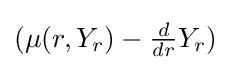
(\mu (r,Y_{r})-{\tfrac {d}{dr}}Y_{r})